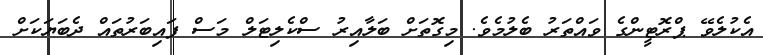
އެކުލެވޭ ޕްރޮޓީންގެ ވައްތަރު ބެލުމެވެ. މިގޮތަށް ބަލާއިރު ސްކެލިޓަލް މަސް ފައިބަރުތައް ދެބަޔަކަށް